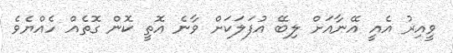
ވީއިރު އެއީ އޭނާއަށް ލިބޭ އުފަލަކަށް ވާނެ އޮތީ ކޮން ގޮތެއް ހެއްޔެވެ